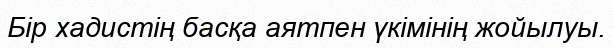
Бір хадистің басқа аятпен үкімінің жойылуы.